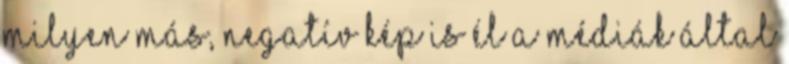
milyen más, negatív kép is él a médiák által